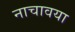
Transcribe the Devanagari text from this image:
नाचावया